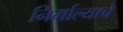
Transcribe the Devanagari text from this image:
निर्माल्याचे